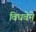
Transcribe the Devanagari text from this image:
विधवेने